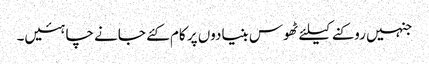
جنہیں روکنے کیلئے ٹھوس بنیادوں پر کام کئے جانے چاہئیں۔